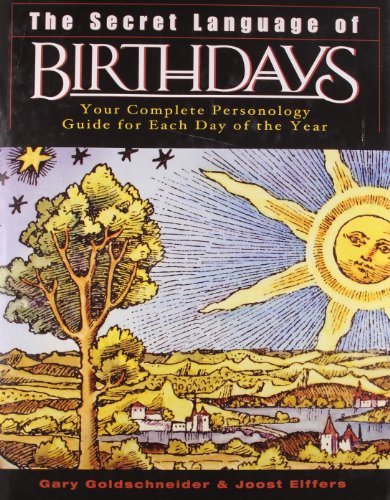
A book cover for The Secret Language of Birthdays (reissue); Gary Goldschneider; Religion & Spirituality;